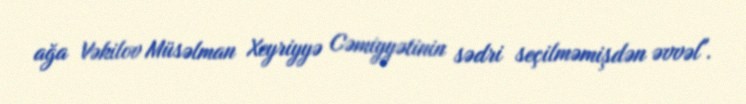
ağa Vəkilov Müsəlman Xeyriyyə Cəmiyyətinin sədri seçilməmişdən əvvəl".